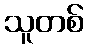
သူတစ်